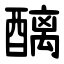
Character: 醨